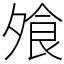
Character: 飧